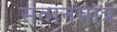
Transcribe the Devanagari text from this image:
संतानमात्र